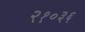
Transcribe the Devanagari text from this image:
२१०३६